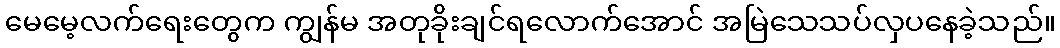
မေမေ့လက်ရေးတွေက ကျွန်မ အတုခိုးချင်ရလောက်အောင် အမြဲသေသပ်လှပနေခဲ့သည်။